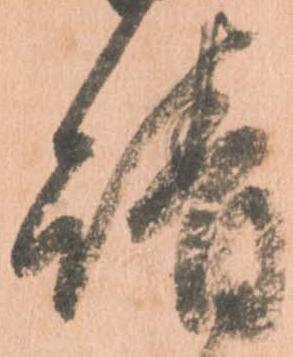
請